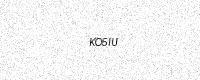
Text: KO5IU